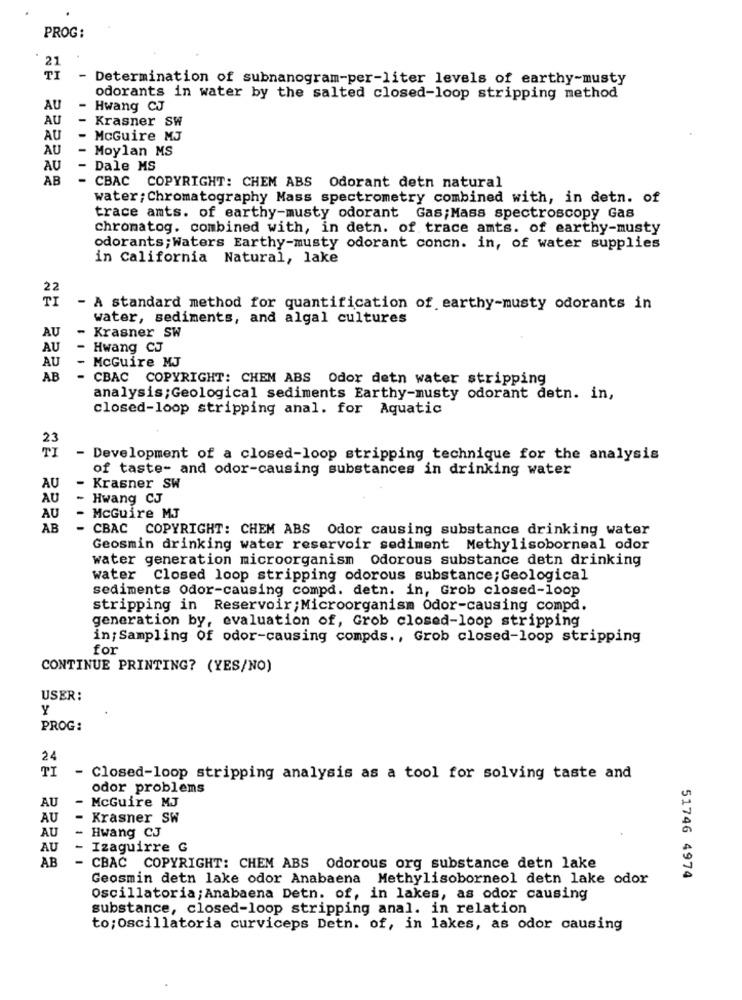
PROG:
21
TI
- Determination of subnanogram-per-liter levels of earthy-musty
odorants in water by the salted closed-loop stripping method
AU
Hwang CJ
AU
Krasner SW
AU
McGuire MJ
AU
- Moylan MS
AU
- Dale MS
AB
- CBAC COPYRIGHT: CHEM ABS Odorant detn natural
water; Chromatography Mass spectrometry combined with, in detn. of
trace ants. of earthy-musty odorant Gas; Mass spectroscopy Gas
chromatog. combined with, in detn. of trace amts. of earthy-musty
odorants; Waters Earthy-musty odorant concn. in, of water supplies
in California Natural, lake
22
TI
- A standard method for quantification of earthy-musty odorants in
water, sediments, and algal cultures
AU
- Krasner SW
AU
Hwang CJ
AU
McGuire MJ
AB
CBAC COPYRIGHT: CHEM ABS Odor detn water stripping
analysis; Geological sediments Earthy-musty odorant detn. in,
closed-loop stripping anal. for Aquatic
- Development of a closed-loop stripping technique for the analysis
of taste- and odor-causing substances in drinking water
AU
- Krasner SW
AU
- Hwang CJ
AU
- McGuire MJ
AB
- CBAC COPYRIGHT: CHEM ABS Odor causing substance drinking water
Geosmin drinking water reservoir sediment Methylisoborneal odor
water generation microorganism Odorous substance detn drinking
water Closed loop stripping odorous substance; Geological
sediments Odor-causing compd. detn. in, Grob closed-loop
stripping in Reservoir; Microorganism Odor-causing compd.
generation by, evaluation of, Grob closed-loop stripping
in; Sampling Of odor-causing compds ., Grob closed-loop stripping
for
CONTINUE PRINTING? (YES/NO)
USER:
Y
PROG:
24
TI
- Closed-loop stripping analysis as a tool for solving taste and
odor problems
AU
- McGuire MJ
AU
Krasner SW
AU
- Hwang CJ
AU
Izaguirre G
AB
- CBAC COPYRIGHT: CHEM ABS Odorous org substance detn lake
Geosmin detn lake odor Anabaena Methylisoborneol detn lake odor
51746 4974
Oscillatoria; Anabaena Detn. of, in lakes, as odor causing
substance, closed-loop stripping anal. in relation
to; Oscillatoria curviceps Detn. of, in lakes, as odor causing